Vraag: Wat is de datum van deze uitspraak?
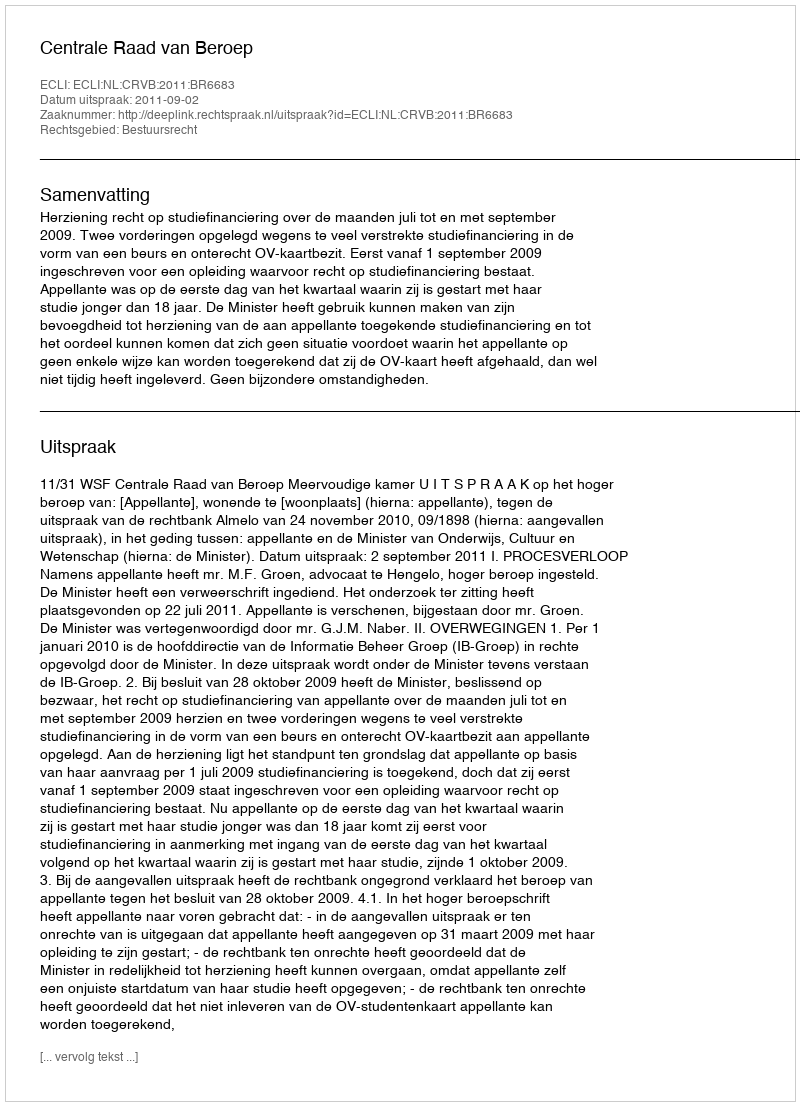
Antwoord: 2011-09-02